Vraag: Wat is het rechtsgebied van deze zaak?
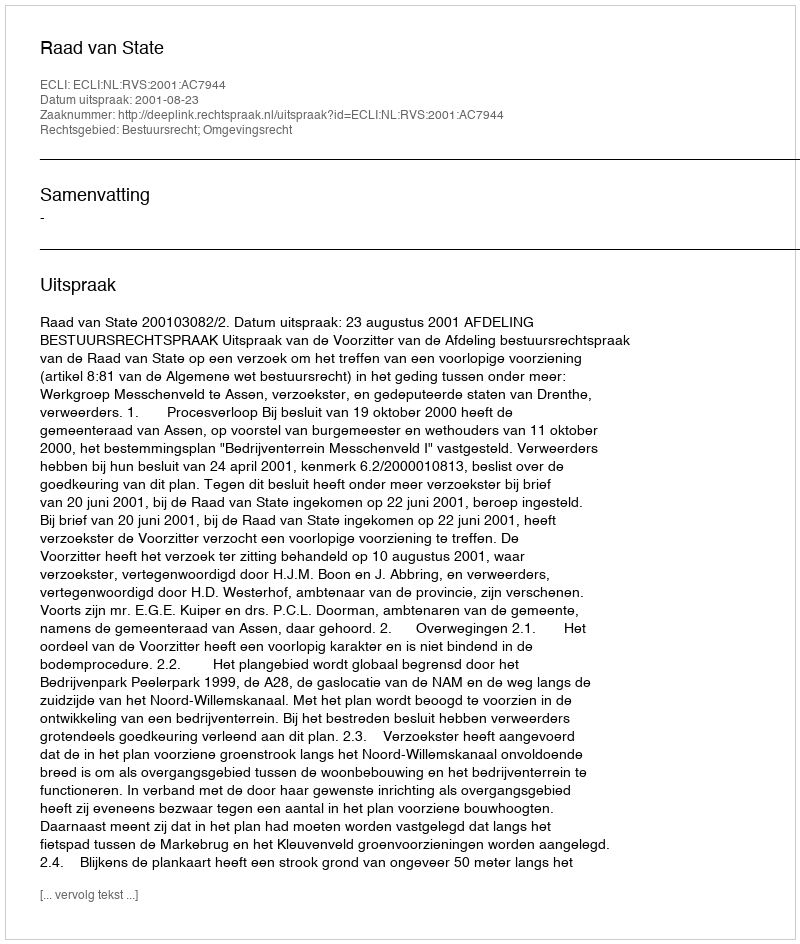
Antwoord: Bestuursrecht; Omgevingsrecht